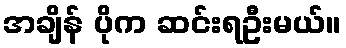
အချိန် ပိုက ဆင်းရဦးမယ်။